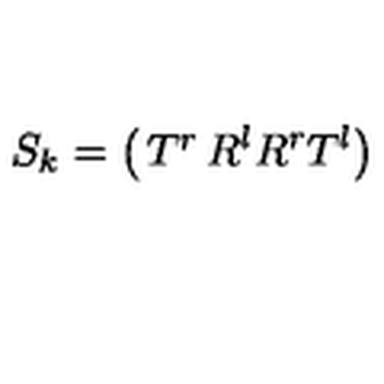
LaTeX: S _ { k } = \left( \begin{matrix} { T ^ { r } } & { R ^ { l } } \\ { R ^ { r } } & { T ^ { l } } \\ \end{matrix} \right)